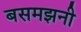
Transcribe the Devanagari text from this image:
बसमझनी